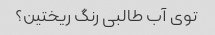
توی آب طالبی رنگ ریختین؟